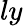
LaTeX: ly